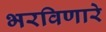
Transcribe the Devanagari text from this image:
भरविणारे